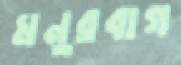
মনুরবাগ